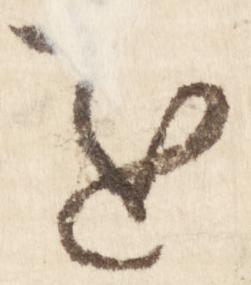
を